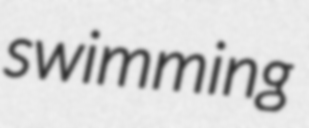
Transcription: swimming